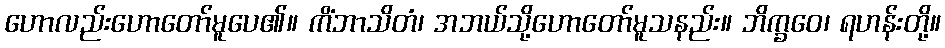
ဟောလည်းဟောတော်မူပေ၏။ ကိံဘာသိတံ၊ အဘယ်သို့ဟောတော်မူသနည်း။ ဘိက္ခဝေ၊ ရဟန်းတို့။